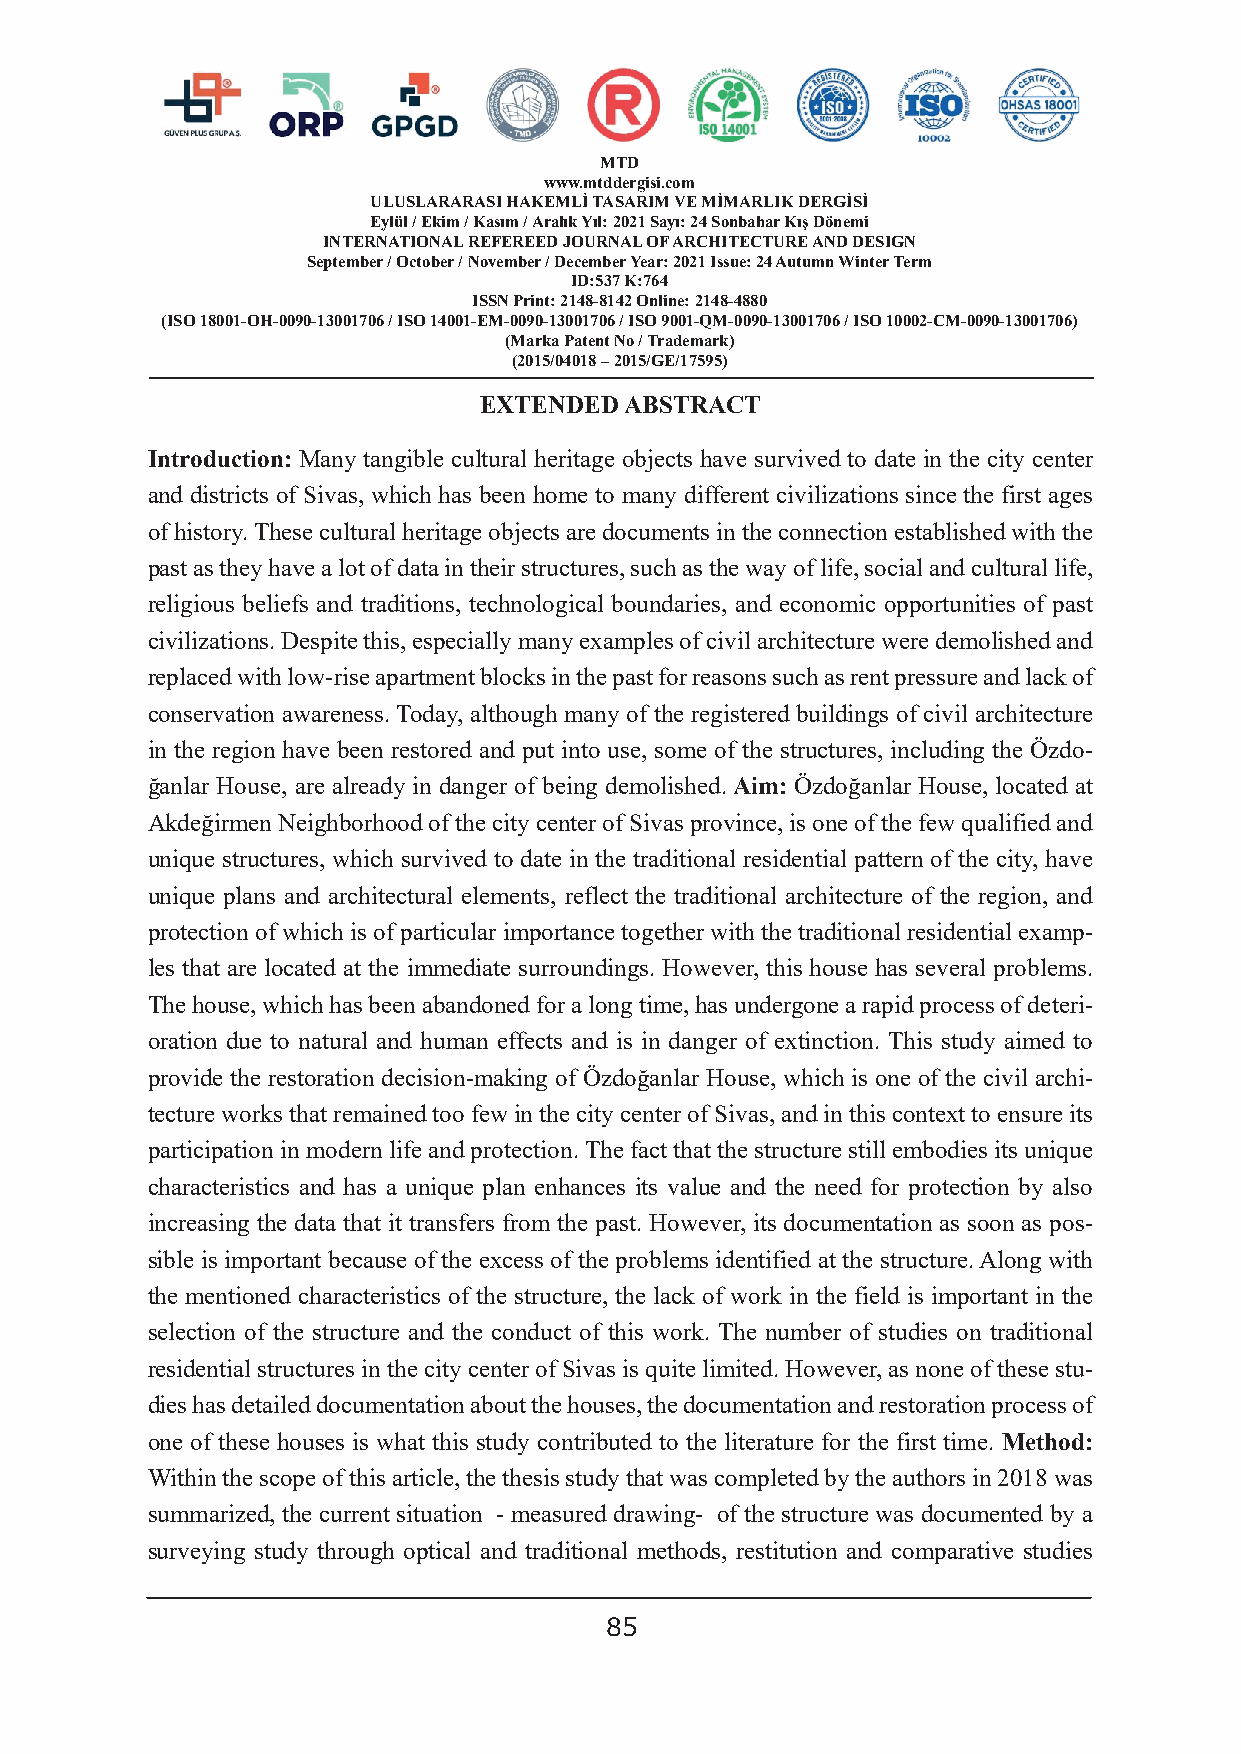
MTD
 www.mtddergisi.com
 ULUSLARARASI HAKEMLİ TASARIM VE MİMARLIK DERGİSİ
 Eylül / Ekim / Kasım / Aralık Yıl: 2021 Sayı: 24 Sonbahar Kış Dönemi
 INTERNATIONAL REFEREED JOURNAL OF ARCHITECTURE AND DESIGN
 September / October / November / December Year: 2021 Issue: 24 Autumn Winter Term
 ID:537 K:764
 ISSN Print: 2148-8142 Online: 2148-4880
 (ISO 18001-OH-0090-13001706 / ISO 14001-EM-0090-13001706 / ISO 9001-QM-0090-13001706 / ISO 10002-CM-0090-13001706)
 (Marka Patent No / Trademark)
 (2015/04018 – 2015/GE/17595)
 EXTENDED ABSTRACT
 Introduction: Many tangible cultural heritage objects have survived to date in the city center
 and districts of Sivas, which has been home to many different civilizations since the first ages
 of history. These cultural heritage objects are documents in the connection established with the
 past as they have a lot of data in their structures, such as the way of life, social and cultural life,
 religious beliefs and traditions, technological boundaries, and economic opportunities of past
 civilizations. Despite this, especially many examples of civil architecture were demolished and
 replaced with low-rise apartment blocks in the past for reasons such as rent pressure and lack of
 conservation awareness. Today, although many of the registered buildings of civil architecture
 in the region have been restored and put into use, some of the structures, including the Özdo-
 ğanlar House, are already in danger of being demolished. Aim: Özdoğanlar House, located at
 Akdeğirmen Neighborhood of the city center of Sivas province, is one of the few qualified and
 unique structures, which survived to date in the traditional residential pattern of the city, have
 unique plans and architectural elements, reflect the traditional architecture of the region, and
 protection of which is of particular importance together with the traditional residential examp-
 les that are located at the immediate surroundings. However, this house has several problems.
 The house, which has been abandoned for a long time, has undergone a rapid process of deteri-
 oration due to natural and human effects and is in danger of extinction. This study aimed to
 provide the restoration decision-making of Özdoğanlar House, which is one of the civil archi-
 tecture works that remained too few in the city center of Sivas, and in this context to ensure its
 participation in modern life and protection. The fact that the structure still embodies its unique
 characteristics and has a unique plan enhances its value and the need for protection by also
 increasing the data that it transfers from the past. However, its documentation as soon as pos-
 sible is important because of the excess of the problems identified at the structure. Along with
 the mentioned characteristics of the structure, the lack of work in the field is important in the
 selection of the structure and the conduct of this work. The number of studies on traditional
 residential structures in the city center of Sivas is quite limited. However, as none of these stu-
 dies has detailed documentation about the houses, the documentation and restoration process of
 one of these houses is what this study contributed to the literature for the first time. Method:
 Within the scope of this article, the thesis study that was completed by the authors in 2018 was
 summarized, the current situation - measured drawing- of the structure was documented by a
 surveying study through optical and traditional methods, restitution and comparative studies
 85